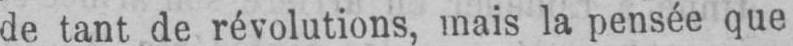
de tant de révolutions, mais la pensée que